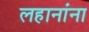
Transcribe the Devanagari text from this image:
लहानांना